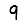
Digit: 9